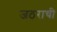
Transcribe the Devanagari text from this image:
जठराची